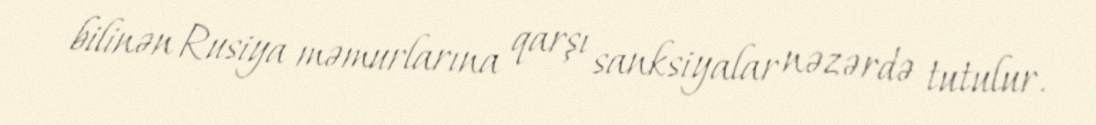
bilinən Rusiya məmurlarına qarşı sanksiyalar nəzərdə tutulur.